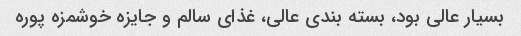
بسیار عالی بود، بسته بندی عالی، غذای سالم و جایزه خوشمزه پوره